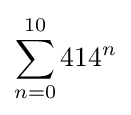
\sum _{n=0}^{10}{414}^{n}